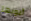
أبويها